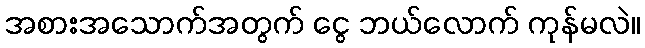
အစားအသောက်အတွက် ငွေ ဘယ်လောက် ကုန်မလဲ။